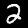
Digit: 2